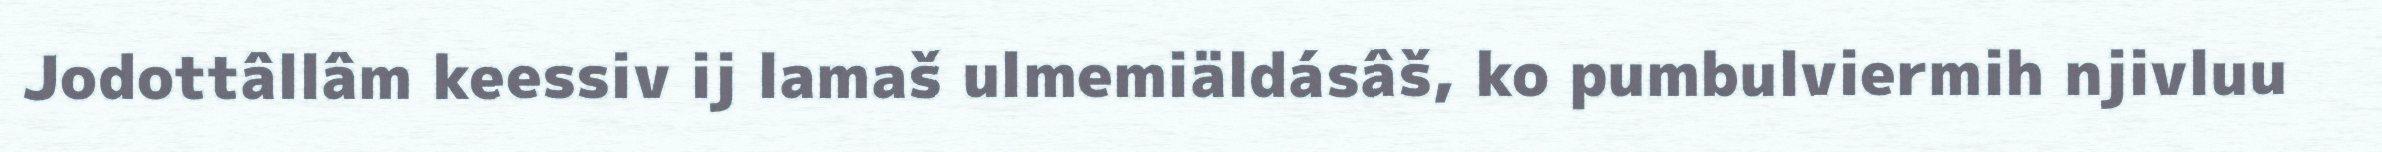
Jodottâllâm keessiv ij lamaš ulmemiäldásâš, ko pumbulviermih njivluu